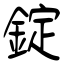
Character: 錠